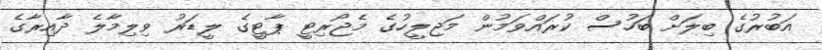
އަބުރުގެ ބިލަށް ބަހުސް ކުރައްވަމުން މަޖިލީހުގެ މެޖޯރިޓީ ޕާޓީގެ ލީޑަރު ވިލިމާލެ ދާއިރާގެ